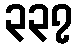
၃၃၇